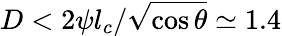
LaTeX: D<2\psi l_{c}/\sqrt{\cos\theta}\simeq 1.4